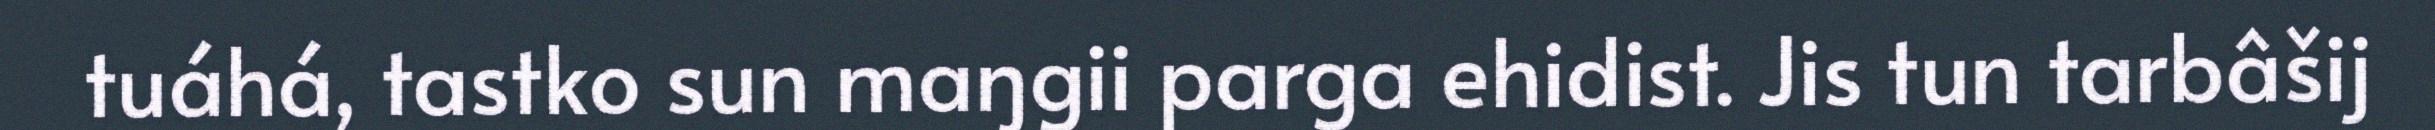
tuáhá, tastko sun maŋgii parga ehidist. Jis tun tarbâšij